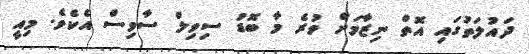
ދައުލަތުގައި އޮތް ނިޒާމަށް ވުރެ މާ ބޮޑު ސިވިލް ސާވިސް އެކެވެ. މިއީ